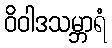
ဝိဝါဒသမ္ဘာရံ